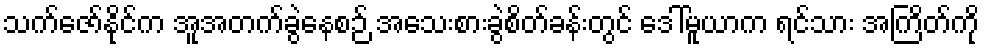
သက်ဇော်နိုင်က အူအတက်ခွဲနေစဉ် အသေးစားခွဲစိတ်ခန်းတွင် ဒေါ်မူယာက ရင်သား အကြိတ်ကို